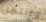
وانتقل